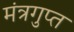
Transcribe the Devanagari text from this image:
मंत्रगुप्त